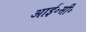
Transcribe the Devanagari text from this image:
आई॰सी॰